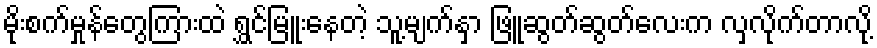
မိုးစက်မှုန်တွေကြားထဲ ရွှင်မြူးနေတဲ့ သူ့မျက်နှာ ဖြူဆွတ်ဆွတ်လေးက လှလိုက်တာလို့